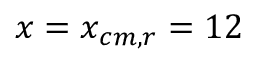
x = x _ { c m , r } = 1 2